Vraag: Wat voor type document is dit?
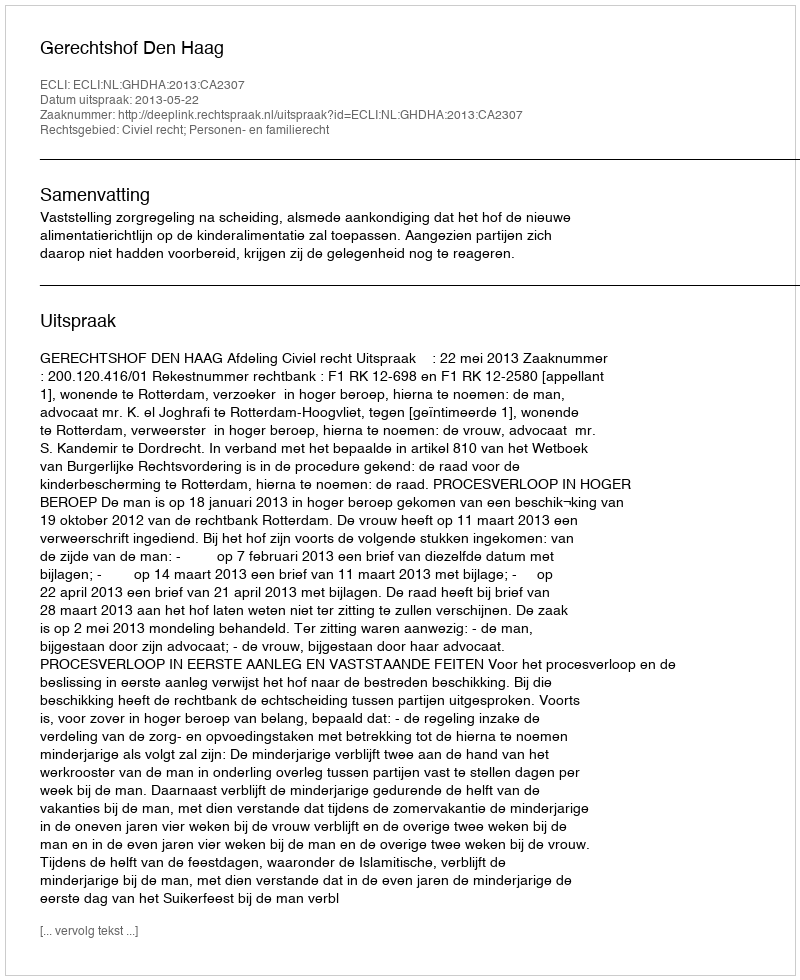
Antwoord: Uitspraak